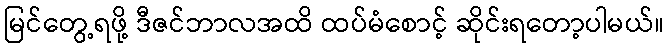
မြင်တွေ့ရဖို့ ဒီဇင်ဘာလအထိ ထပ်မံစောင့် ဆိုင်းရတော့ပါမယ်။